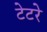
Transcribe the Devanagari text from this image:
टेटरे